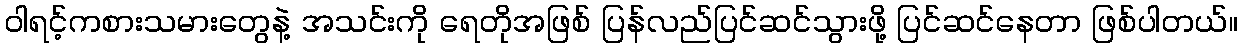
ဝါရင့်ကစားသမားတွေနဲ့ အသင်းကို ရေတိုအဖြစ် ပြန်လည်ပြင်ဆင်သွားဖို့ ပြင်ဆင်နေတာ ဖြစ်ပါတယ်။